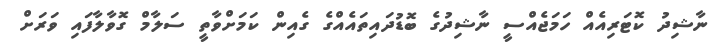
ނާޝިދު ކޮޓަރިއެއް ހަމަޖެއްސީ ނާޝިދުގެ ބޮޑުދައިތައެއްގެ ގެއިން ކަމަށްވާތީ ސަލާމް ގޮވާލާފައި ވަރަށް